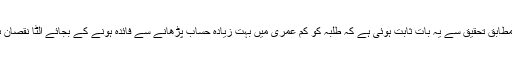
اخبار کے مطابق تحقیق سے یہ بات ثابت ہوئی ہے کہ طلبہ کو کم عمری میں بہت زیادہ حساب پڑھانے سے فائدہ ہونے کے بجائے الٹا نقصان ہوسکتا ہے۔